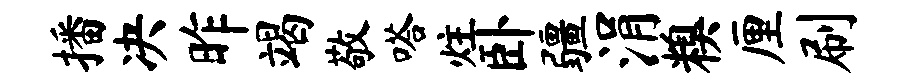
播决昨竭敬嗒炷卧疆涓糗厘刷